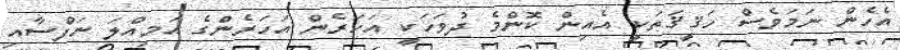
އެހެން ނަމަވެސް ހަޤީޤަތަކީ އެއިން ކޮންމެ ދުވަހަކީ އަހަރެން އަހަރެންގެ އަމިއްލަ ނަފްސާއި